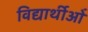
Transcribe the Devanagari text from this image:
विद्यार्थीओं